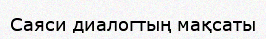
Саяси диалогтың мақсаты